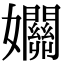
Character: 𡤡